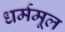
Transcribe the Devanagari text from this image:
धर्ममूल